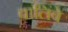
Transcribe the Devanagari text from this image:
वालिंबे